Document type: Emphyteutic lease
Year: 1473
Scribe: [Unknown]
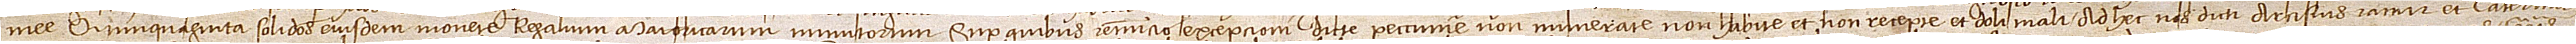
mee quinquaginta solidos eiusdem monete regalium Maioricarum munitorum, super quibus renuncio excepcioni dicte peccunie non numerate, non habite et non recepte et doli mali. Ad hec nos dicti Arcisius Ramir et Caterina,